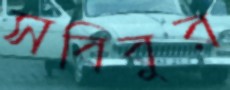
সবিবুর